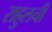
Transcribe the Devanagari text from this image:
राहुलची